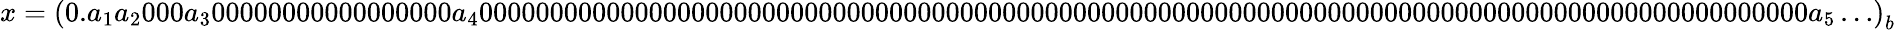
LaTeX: x=\left(0.a_{1}a_{2}000a_{3}00000000000000000a_{4}0000000000000000000000000000000000000000000000000000000000000000000000000000000000000000000000a_{5}\ldots\right)_{b}